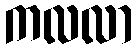
ကလလာ